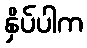
နှိပ်ပါက